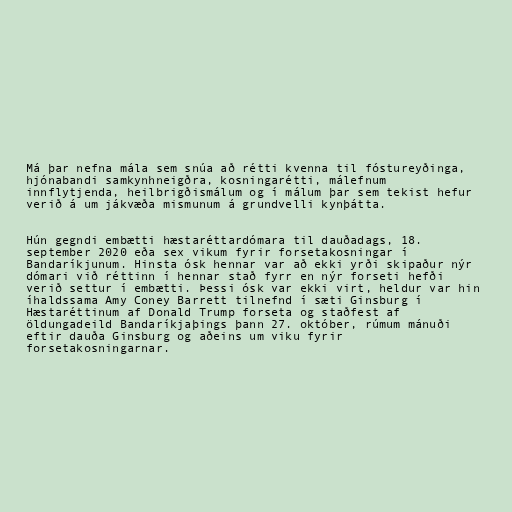
Má þar nefna mála sem snúa að rétti kvenna til fóst­ur­eyð­inga,
hjóna­bandi sam­kyn­hneigðra, kosn­inga­rétti, mál­efnum
inn­flytj­enda, heil­brigð­is­málum og í málum þar sem tek­ist hefur
verið á um jákvæða mis­munum á grund­velli kyn­þátta.

Hún gegndi embætti hæstaréttardómara til dauðadags, 18.
september 2020 eða sex vikum fyrir forsetakosningar í
Bandaríkjunum. Hinsta ósk hennar var að ekki yrði skipaður nýr
dómari við réttinn í hennar stað fyrr en nýr forseti hefði
verið settur í embætti. Þessi ósk var ekki virt, heldur var hin
íhaldssama Amy Coney Barrett tilnefnd í sæti Ginsburg í
Hæstaréttinum af Donald Trump forseta og staðfest af
öldungadeild Bandaríkjaþings þann 27. október, rúmum mánuði
eftir dauða Ginsburg og aðeins um viku fyrir
forsetakosningarnar.